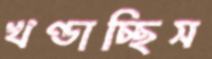
খণ্ডাচ্ছিস